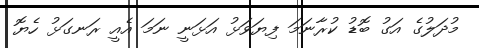
މުދަލުގެ އަގު ބޮޑު ކުރާނަމަ ފިޔަވަޅު އަޅަނީ ނަމަ އެއީ ރަނގަޅު ހެޔޮ